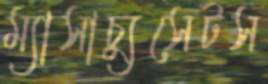
ম্যাসাচ্যুসেটস